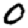
Digit: 0